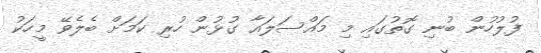
ފުލުހުން ބުނި ގޮތުގައި މި މައްސަލައާ ގުޅުން ހުރި ކަމަށް ބެލެވޭ މީހަކު